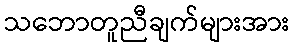
သဘောတူညီချက်များအား